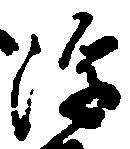
浮